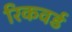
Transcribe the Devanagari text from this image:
रिकवर्ड